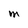
Character: M